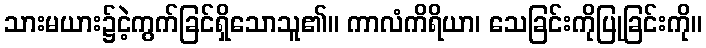
သားမယား၌ငဲ့ကွက်ခြင်ရှိသောသူ၏။ ကာလံကိရိယာ၊ သေခြင်းကိုပြုခြင်းကို။